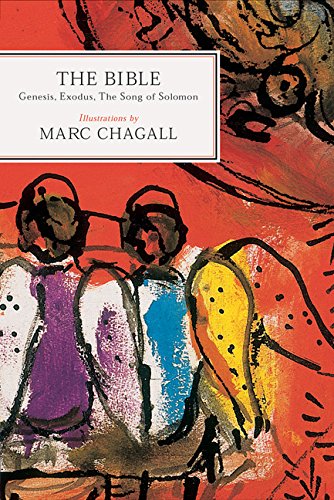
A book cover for The Bible: Genesis, Exodus, The Song of Solomon; Arts & Photography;